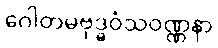
ဂေါတမဗုဒ္ဓဝံသဝဏ္ဏနာ